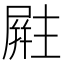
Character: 𪨚